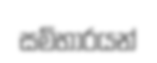
සම්භාරයන්